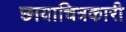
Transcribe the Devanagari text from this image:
छायाचित्रकारी